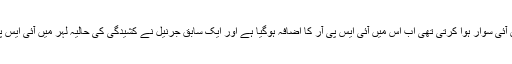
پہلے تو بھارت کے اعصاب پر صرف آئی ایس آئی سوار ہوا کرتی تھی اب اس میں آئی ایس پی آر کا اضافہ ہوگیا ہے اور ایک سابق جرنیل نے کشیدگی کی حالیہ لہر میں آئی ایس پی آر کے فعال کردار کا برملا اعتراف کیا ہے۔